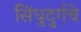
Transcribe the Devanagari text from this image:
सिंधुदुर्गचे